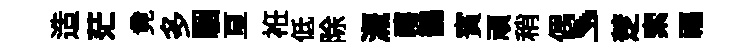
造茫竟多駰亘袵低除溉禧鵲賓頑稍偶、一椘索福